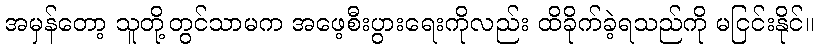
အမှန်တော့ သူတို့တွင်သာမက အဖေ့စီးပွားရေးကိုလည်း ထိခိုက်ခဲ့ရသည်ကို မငြင်းနိုင်။